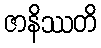
ဇာနိဿတိ